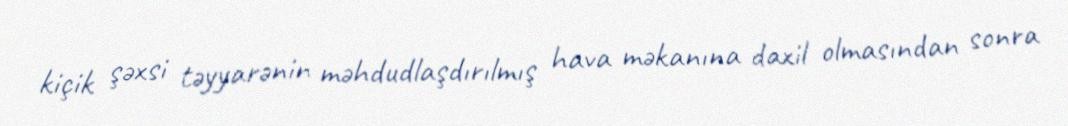
kiçik şəxsi təyyarənin məhdudlaşdırılmış hava məkanına daxil olmasından sonra